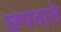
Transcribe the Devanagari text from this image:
छपवाते